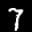
Label: 7